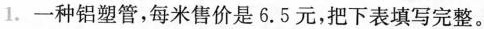
1.一种铝塑管，每米售价是6.5元，把下表填写完整。